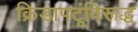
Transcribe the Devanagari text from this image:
क्रिडापटूंविरूद्ध